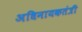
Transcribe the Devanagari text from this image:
अधिनायकतंत्री